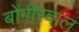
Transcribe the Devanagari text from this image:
बोंगीरवाल